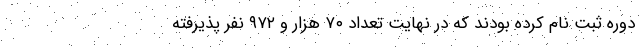
دوره ثبت نام کرده بودند که در نهایت تعداد ۷۰ هزار و ۹۷۲ نفر پذیرفته